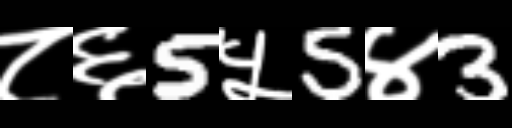
Text: ८६5५5४3